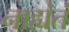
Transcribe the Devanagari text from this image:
नाह्यंतं